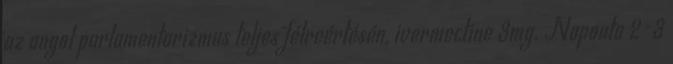
az angol parlamentarizmus teljes félreértésén, ivermectine 3mg. Naponta 2-3